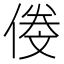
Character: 𠌍